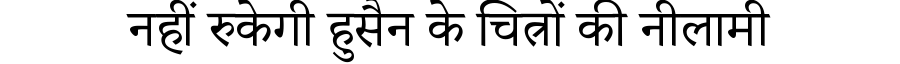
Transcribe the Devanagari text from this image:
नहीं रुकेगी हुसैन के चित्रों की नीलामी